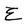
Character: E